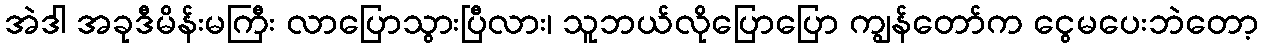
အဲဒါ အခုဒီမိန်းမကြီး လာပြောသွားပြီလား၊ သူဘယ်လိုပြောပြော ကျွန်တော်က ငွေမပေးဘဲတော့